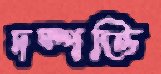
দম্পত্তি